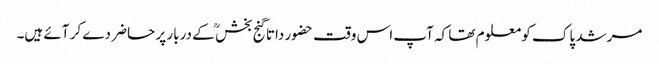
مرشد پاک کو معلوم تھا کہ آپ اس وقت حضور داتا گنج بخش ؒ کے دربار پر حاضر دے کر آئے ہیں۔